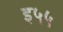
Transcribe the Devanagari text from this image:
इ५५